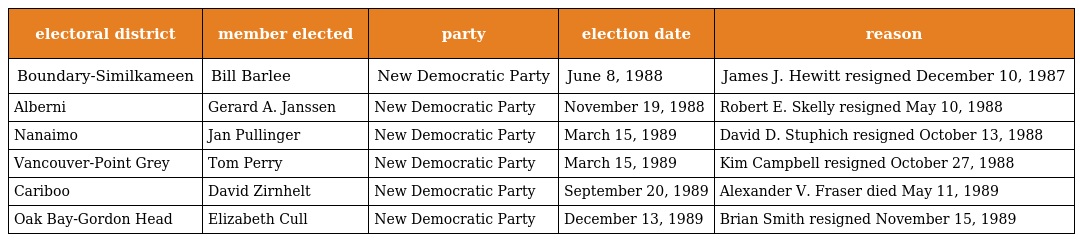
| electoral district | member elected | party | election date | reason |
 | --- | --- | --- | --- | --- |
 | Boundary-Similkameen | Bill Barlee | New Democratic Party | June 8, 1988 | James J. Hewitt resigned December 10, 1987 |
 | Alberni | Gerard A. Janssen | New Democratic Party | November 19, 1988 | Robert E. Skelly resigned May 10, 1988 |
 | Nanaimo | Jan Pullinger | New Democratic Party | March 15, 1989 | David D. Stuphich resigned October 13, 1988 |
 | Vancouver-Point Grey | Tom Perry | New Democratic Party | March 15, 1989 | Kim Campbell resigned October 27, 1988 |
 | Cariboo | David Zirnhelt | New Democratic Party | September 20, 1989 | Alexander V. Fraser died May 11, 1989 |
 | Oak Bay-Gordon Head | Elizabeth Cull | New Democratic Party | December 13, 1989 | Brian Smith resigned November 15, 1989 |